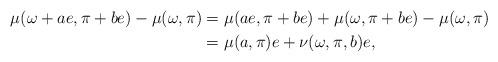
LaTeX: \begin{align*} \mu(\omega+ ae, \pi+be) - \mu(\omega, \pi) &= \mu(ae, \pi+be)+\mu(\omega, \pi+be) - \mu(\omega, \pi)\\&=\mu(a,\pi)e + \nu(\omega,\pi,b)e, \end{align*}